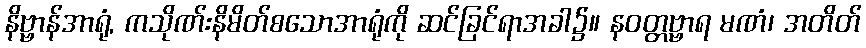
နိဗ္ဗာန်အာရုံ, ကသိုဏ်းနိမိတ်စသောအာရုံကို ဆင်ခြင်ရာအခါ၌။ နဝတ္တဗ္ဗာရ မဏံ၊ အတိတ်